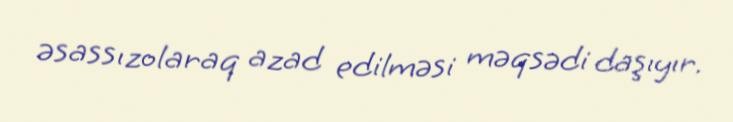
əsassızolaraq azad edilməsi məqsədi daşıyır.